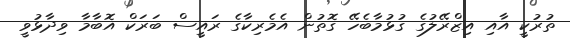
ތުރުކީ އާއި އިޒްރޭލުގެ ގުޅުމާބެހޭ ގޮތުން އެމެރިކާގެ ރައީސް ބަރަކް އޮބާމާ ވިދާޅުވީ